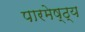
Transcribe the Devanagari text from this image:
पारमेष्ठ्य